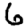
Digit: 6